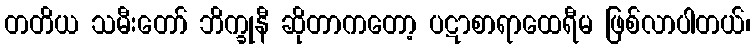
တတိယ သမီးတော် ဘိက္ခုနီ ဆိုတာကတော့ ပဋာစာရာထေရီမ ဖြစ်လာပါတယ်၊